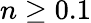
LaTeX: n\ge 0.1